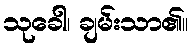
သုခေါ၊ ချမ်းသာ၏။